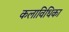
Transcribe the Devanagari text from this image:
कलाविधिका